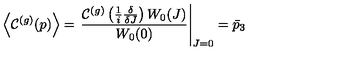
\left\langle \mathcal { C } ^ { ( g ) } ( p ) \right\rangle = \left. \frac { \mathcal { C } ^ { ( g ) } \left( \frac { 1 } { i } \frac { \delta } { \delta J } \right) W _ { 0 } ( J ) } { W _ { 0 } ( 0 ) } \right\vert _ { J = 0 } = \bar { p } _ { 3 }